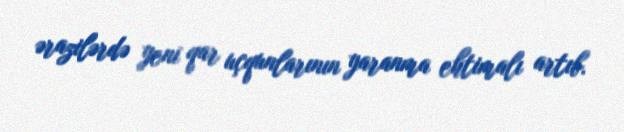
ərazilərdə yeni qar uçqunlarının yaranma ehtimalı artıb.